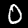
Label: 0